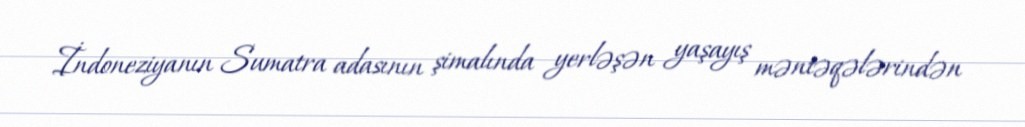
İndoneziyanın Sumatra adasının şimalında yerləşən yaşayış məntəqələrindən